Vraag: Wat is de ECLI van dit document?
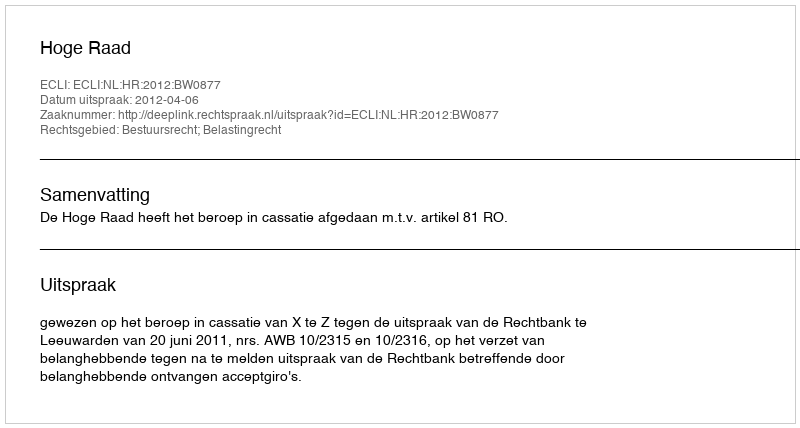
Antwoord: ECLI:NL:HR:2012:BW0877